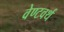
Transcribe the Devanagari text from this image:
वेण्टवर्थ